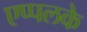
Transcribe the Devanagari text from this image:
एप्पलके